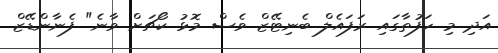
އަދި މި ހަފުތާގައި ރަފައެލް ބެނިޓޭޒް ވެސް މޮޅު ކޯޗަށް ވާނެ" ފެނާންޑޭޒް